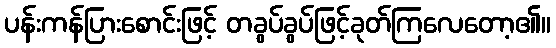
ပန်းကန်ပြားစောင်းဖြင့် တခွပ်ခွပ်ဖြင့်ခုတ်ကြလေတော့၏။